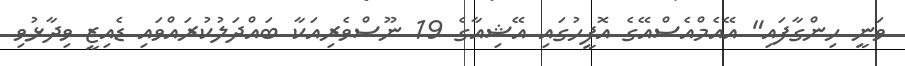
ވަނީ ހިންގާފައި" އޭއެމްއެސްއޭގެ އޮފީހުގައި އޭޝިއާގެ 19 ނޫސްވެރިއަކާ ބައްދަލުކުރައްވައި ޑެއިޒީ ވިދާޅުވި